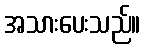
အသားပေးသည်။